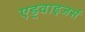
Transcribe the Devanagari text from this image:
एड्वाइजर्स